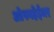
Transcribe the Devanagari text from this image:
ओपनहेईमर